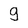
Character: 9